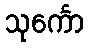
သုင်္ကော